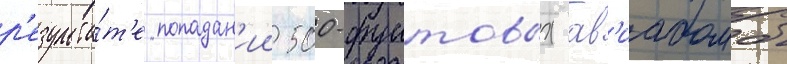
р'езульта́т'е попадан'ии 500-фунтовых ав'иабомб